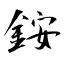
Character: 銨